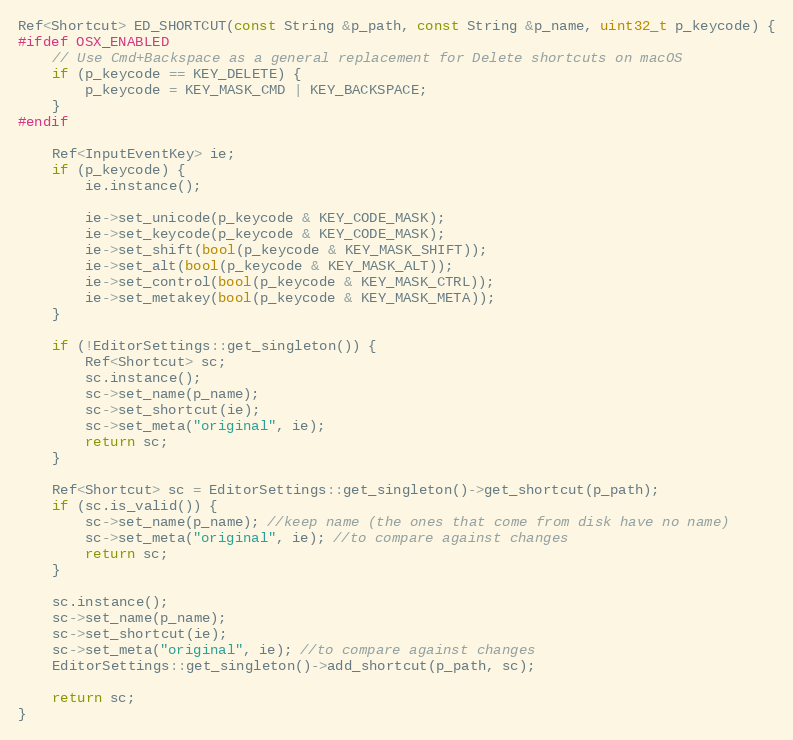
Language: C++
Ref<Shortcut> ED_SHORTCUT(const String &p_path, const String &p_name, uint32_t p_keycode) {
#ifdef OSX_ENABLED
	// Use Cmd+Backspace as a general replacement for Delete shortcuts on macOS
	if (p_keycode == KEY_DELETE) {
		p_keycode = KEY_MASK_CMD | KEY_BACKSPACE;
	}
#endif

	Ref<InputEventKey> ie;
	if (p_keycode) {
		ie.instance();

		ie->set_unicode(p_keycode & KEY_CODE_MASK);
		ie->set_keycode(p_keycode & KEY_CODE_MASK);
		ie->set_shift(bool(p_keycode & KEY_MASK_SHIFT));
		ie->set_alt(bool(p_keycode & KEY_MASK_ALT));
		ie->set_control(bool(p_keycode & KEY_MASK_CTRL));
		ie->set_metakey(bool(p_keycode & KEY_MASK_META));
	}

	if (!EditorSettings::get_singleton()) {
		Ref<Shortcut> sc;
		sc.instance();
		sc->set_name(p_name);
		sc->set_shortcut(ie);
		sc->set_meta("original", ie);
		return sc;
	}

	Ref<Shortcut> sc = EditorSettings::get_singleton()->get_shortcut(p_path);
	if (sc.is_valid()) {
		sc->set_name(p_name); //keep name (the ones that come from disk have no name)
		sc->set_meta("original", ie); //to compare against changes
		return sc;
	}

	sc.instance();
	sc->set_name(p_name);
	sc->set_shortcut(ie);
	sc->set_meta("original", ie); //to compare against changes
	EditorSettings::get_singleton()->add_shortcut(p_path, sc);

	return sc;
}